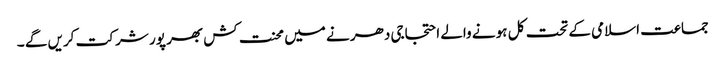
جماعت اسلامی کے تحت کل ہو نے والے احتجاجی دھر نے میں محنت کش بھر پور شر کت کریں گے ۔